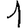
Digit: 1